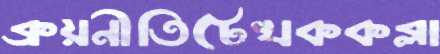
ক্রয়নীতিটেখককব্‌লা